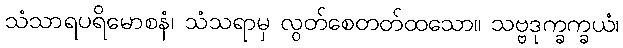
သံသာရပရိမောစနံ၊ သံသရာမှ လွတ်စေတတ်ထသော။ သဗ္ဗဒုက္ခက္ခယံ၊